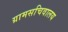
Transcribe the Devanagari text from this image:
ग्रामसचिवालय